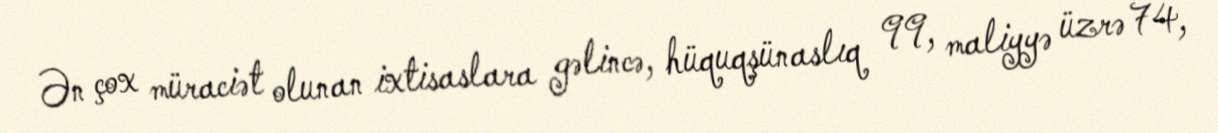
Ən çox müraciət olunan ixtisaslara gəlincə, hüquqşünaslıq 99, maliyyə üzrə 74,